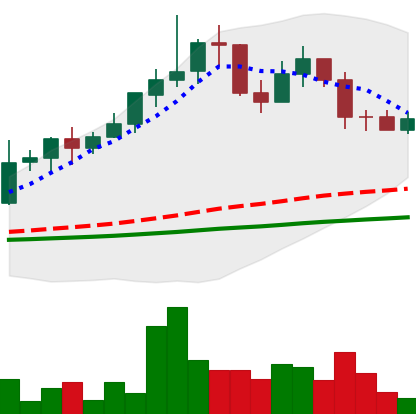
Ticker: LINK-USD
Chart end date: 2019-06-02
Forward return: 16.315%
Label: up_7plus